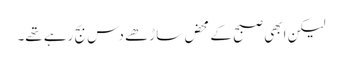
لیکن ابھی صبح کے محض ساڑھے دس بج رہے تھے۔